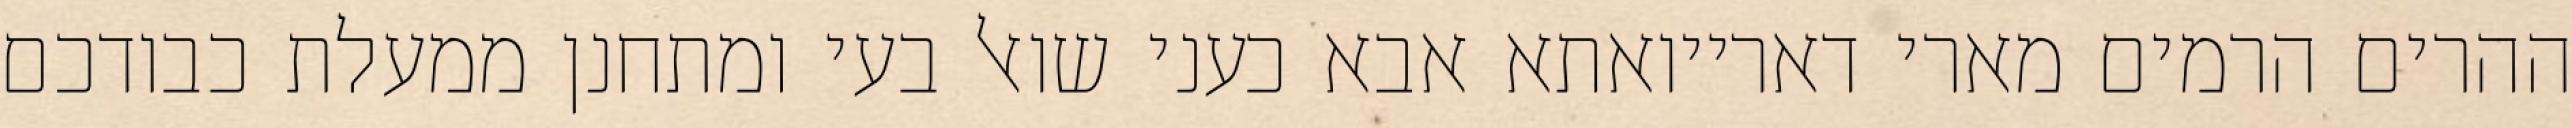
ההרים הרמים מארי דארייואתא אבא כעני שואל בעי ומתחנן ממעלת כבודכם